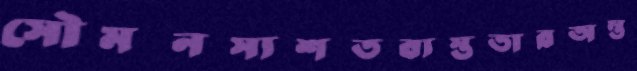
সৌমনস্যশতব্যস্ততারঅন্ত